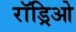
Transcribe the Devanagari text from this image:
रॉड्रिओ